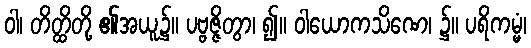
ဝါ၊ တိတ္ထိတို့ ၏အယူ၌။ ပဗ္ဗဇ္ဇိတွာ၊ ၍။ ဝါယောကသိဏေ၊ ၌။ ပရိကမ္မံ၊